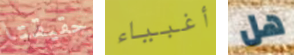
حقيقتا أغبياء هل